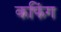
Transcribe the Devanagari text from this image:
कफिंग